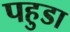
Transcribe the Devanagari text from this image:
पहुडा